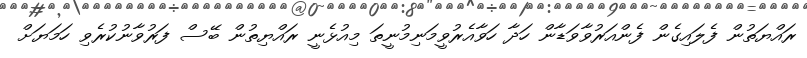
ރައްޔަތުން ފެލައިގެން ފެންއަރުވާވަޑާން ހަދާ ހަވާއެރުވީމަނިމުނީތަ މިއުޅެނީ ރައްޔިތުން ބޭސް ފަރުވާނުކުރެވި ހަމަޔަށް